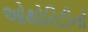
ઓથોરિટીનો